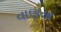
વાણસા